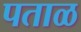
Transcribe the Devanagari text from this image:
पताळ